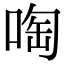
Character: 啕